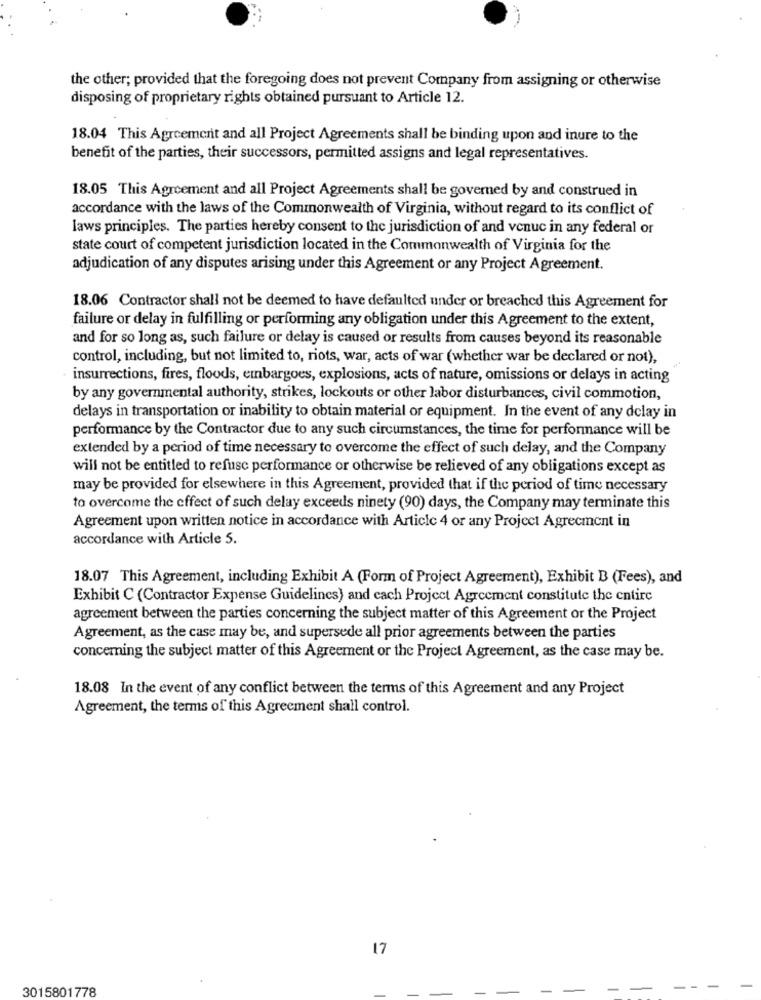
the other; provided that the foregoing does not prevent Company from assigning or otherwise
disposing of proprietary rights obtained pursuant to Article 12.
18.04 This Agreement and all Project Agreements shall be binding upon and inure to the
benefit of the parties, their successors, permitted assigns and legal representatives.
18.05 This Agreement and all Project Agreements shall be governed by and construed in
accordance with the laws of the Commonwealth of Virginia, without regard to its conflict of
laws principles. The parties hereby consent to the jurisdiction of and venue in any federal or
state court of competent jurisdiction located in the Commonwealth of Virginia for the
adjudication of any disputes arising under this Agreement or any Project Agreement.
18.06 Contractor shall not be deemed to have defaulted under or breached this Agreement for
failure or delay in fulfilling or performing any obligation under this Agreement to the extent,
and for so long as, such failure or delay is caused or results from causes beyond its reasonable
control, including, but not limited to, riots, war, acts of war (whether war be declared or not),
insurrections, fires, floods, embargoes, explosions, acts of nature, omissions or delays in acting
by any governmental authority, strikes, lockouts or other labor disturbances, civil commotion,
delays in transportation or inability to obtain material or equipment. In the event of any delay in
performance by the Contractor due to any such circumstances, the time for performance will be
extended by a period of time necessary to overcome the effect of such delay, and the Company
will not be entitled to refuse performance or otherwise be relieved of any obligations except as
may be provided for elsewhere in this Agreement, provided that if the period of time necessary
to overcome the effect of such delay exceeds ninety (90) days, the Company may terminate this
Agreement upon written notice in accordance with Article 4 or any Project Agreement in
accordance with Article 5.
18.07 This Agreement, including Exhibit A (Form of Project Agreement), Exhibit B (Fees), and
Exhibit C (Contractor Expense Guidelines) and cach Project Agreement constitute the entire
agreement between the parties concerning the subject matter of this Agreement or the Project
Agreement, as the case may be, and supersede all prior agreements between the parties
concerning the subject matter of this Agreement or the Project Agreement, as the case may be.
18.08 In the event of any conflict between the terms of this Agreement and any Project
Agreement, the terms of this Agreement shall control.
17
3015801778